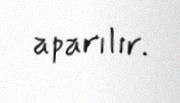
aparılır.